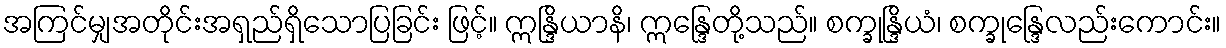
အကြင်မျှအတိုင်းအရှည်ရှိသောပြခြင်း ဖြင့်။ ဣန္ဒြိယာနိ၊ ဣန္ဒြေတို့သည်။ စက္ခုန္ဒြိယံ၊ စက္ခုန္ဒြေလည်းကောင်း။